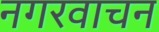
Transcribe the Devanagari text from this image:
नगरवाचन